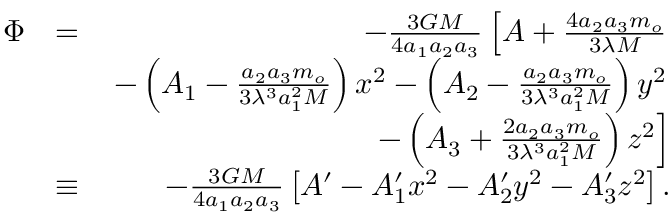
\begin{array} { r l r } { \Phi } & { = } & { - \frac { 3 G M } { 4 a _ { 1 } a _ { 2 } a _ { 3 } } \left[ A + \frac { 4 a _ { 2 } a _ { 3 } m _ { o } } { 3 \lambda M } \right. } \\ & { } & { \left. - \left( A _ { 1 } - \frac { a _ { 2 } a _ { 3 } m _ { o } } { 3 \lambda ^ { 3 } a _ { 1 } ^ { 2 } M } \right) x ^ { 2 } - \left( A _ { 2 } - \frac { a _ { 2 } a _ { 3 } m _ { o } } { 3 \lambda ^ { 3 } a _ { 1 } ^ { 2 } M } \right) y ^ { 2 } \right. } \\ & { } & { \left. - \left( A _ { 3 } + \frac { 2 a _ { 2 } a _ { 3 } m _ { o } } { 3 \lambda ^ { 3 } a _ { 1 } ^ { 2 } M } \right) z ^ { 2 } \right] } \\ & { \equiv } & { - \frac { 3 G M } { 4 a _ { 1 } a _ { 2 } a _ { 3 } } \left[ A ^ { \prime } - A _ { 1 } ^ { \prime } x ^ { 2 } - A _ { 2 } ^ { \prime } y ^ { 2 } - A _ { 3 } ^ { \prime } z ^ { 2 } \right] . } \end{array}